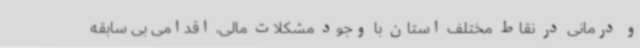
و درمانی در نقاط مختلف استان با وجود مشکلات مالی، اقدامی بی سابقه